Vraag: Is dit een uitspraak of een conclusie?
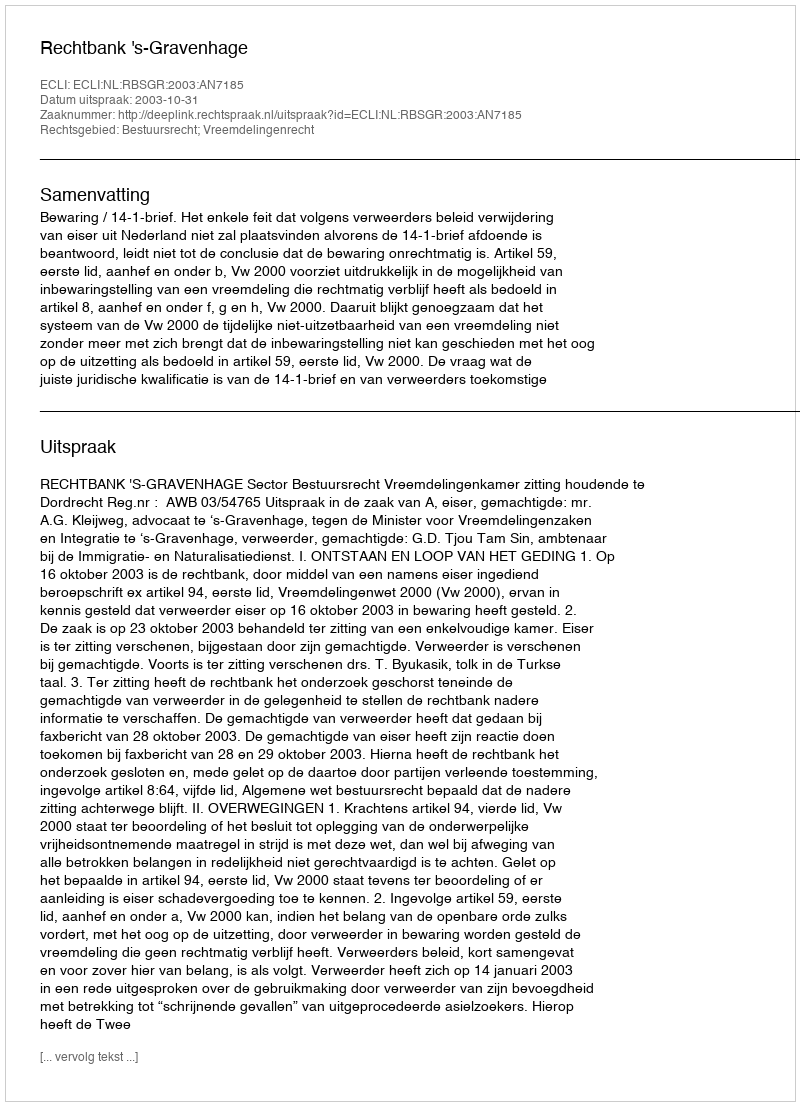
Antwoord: Uitspraak